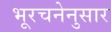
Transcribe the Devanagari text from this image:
भूरचनेनुसार